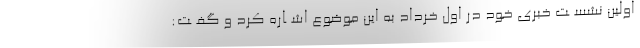
اولین نشســت خبری خود در اول خرداد به این موضوع اشــاره کرد و گفــت: